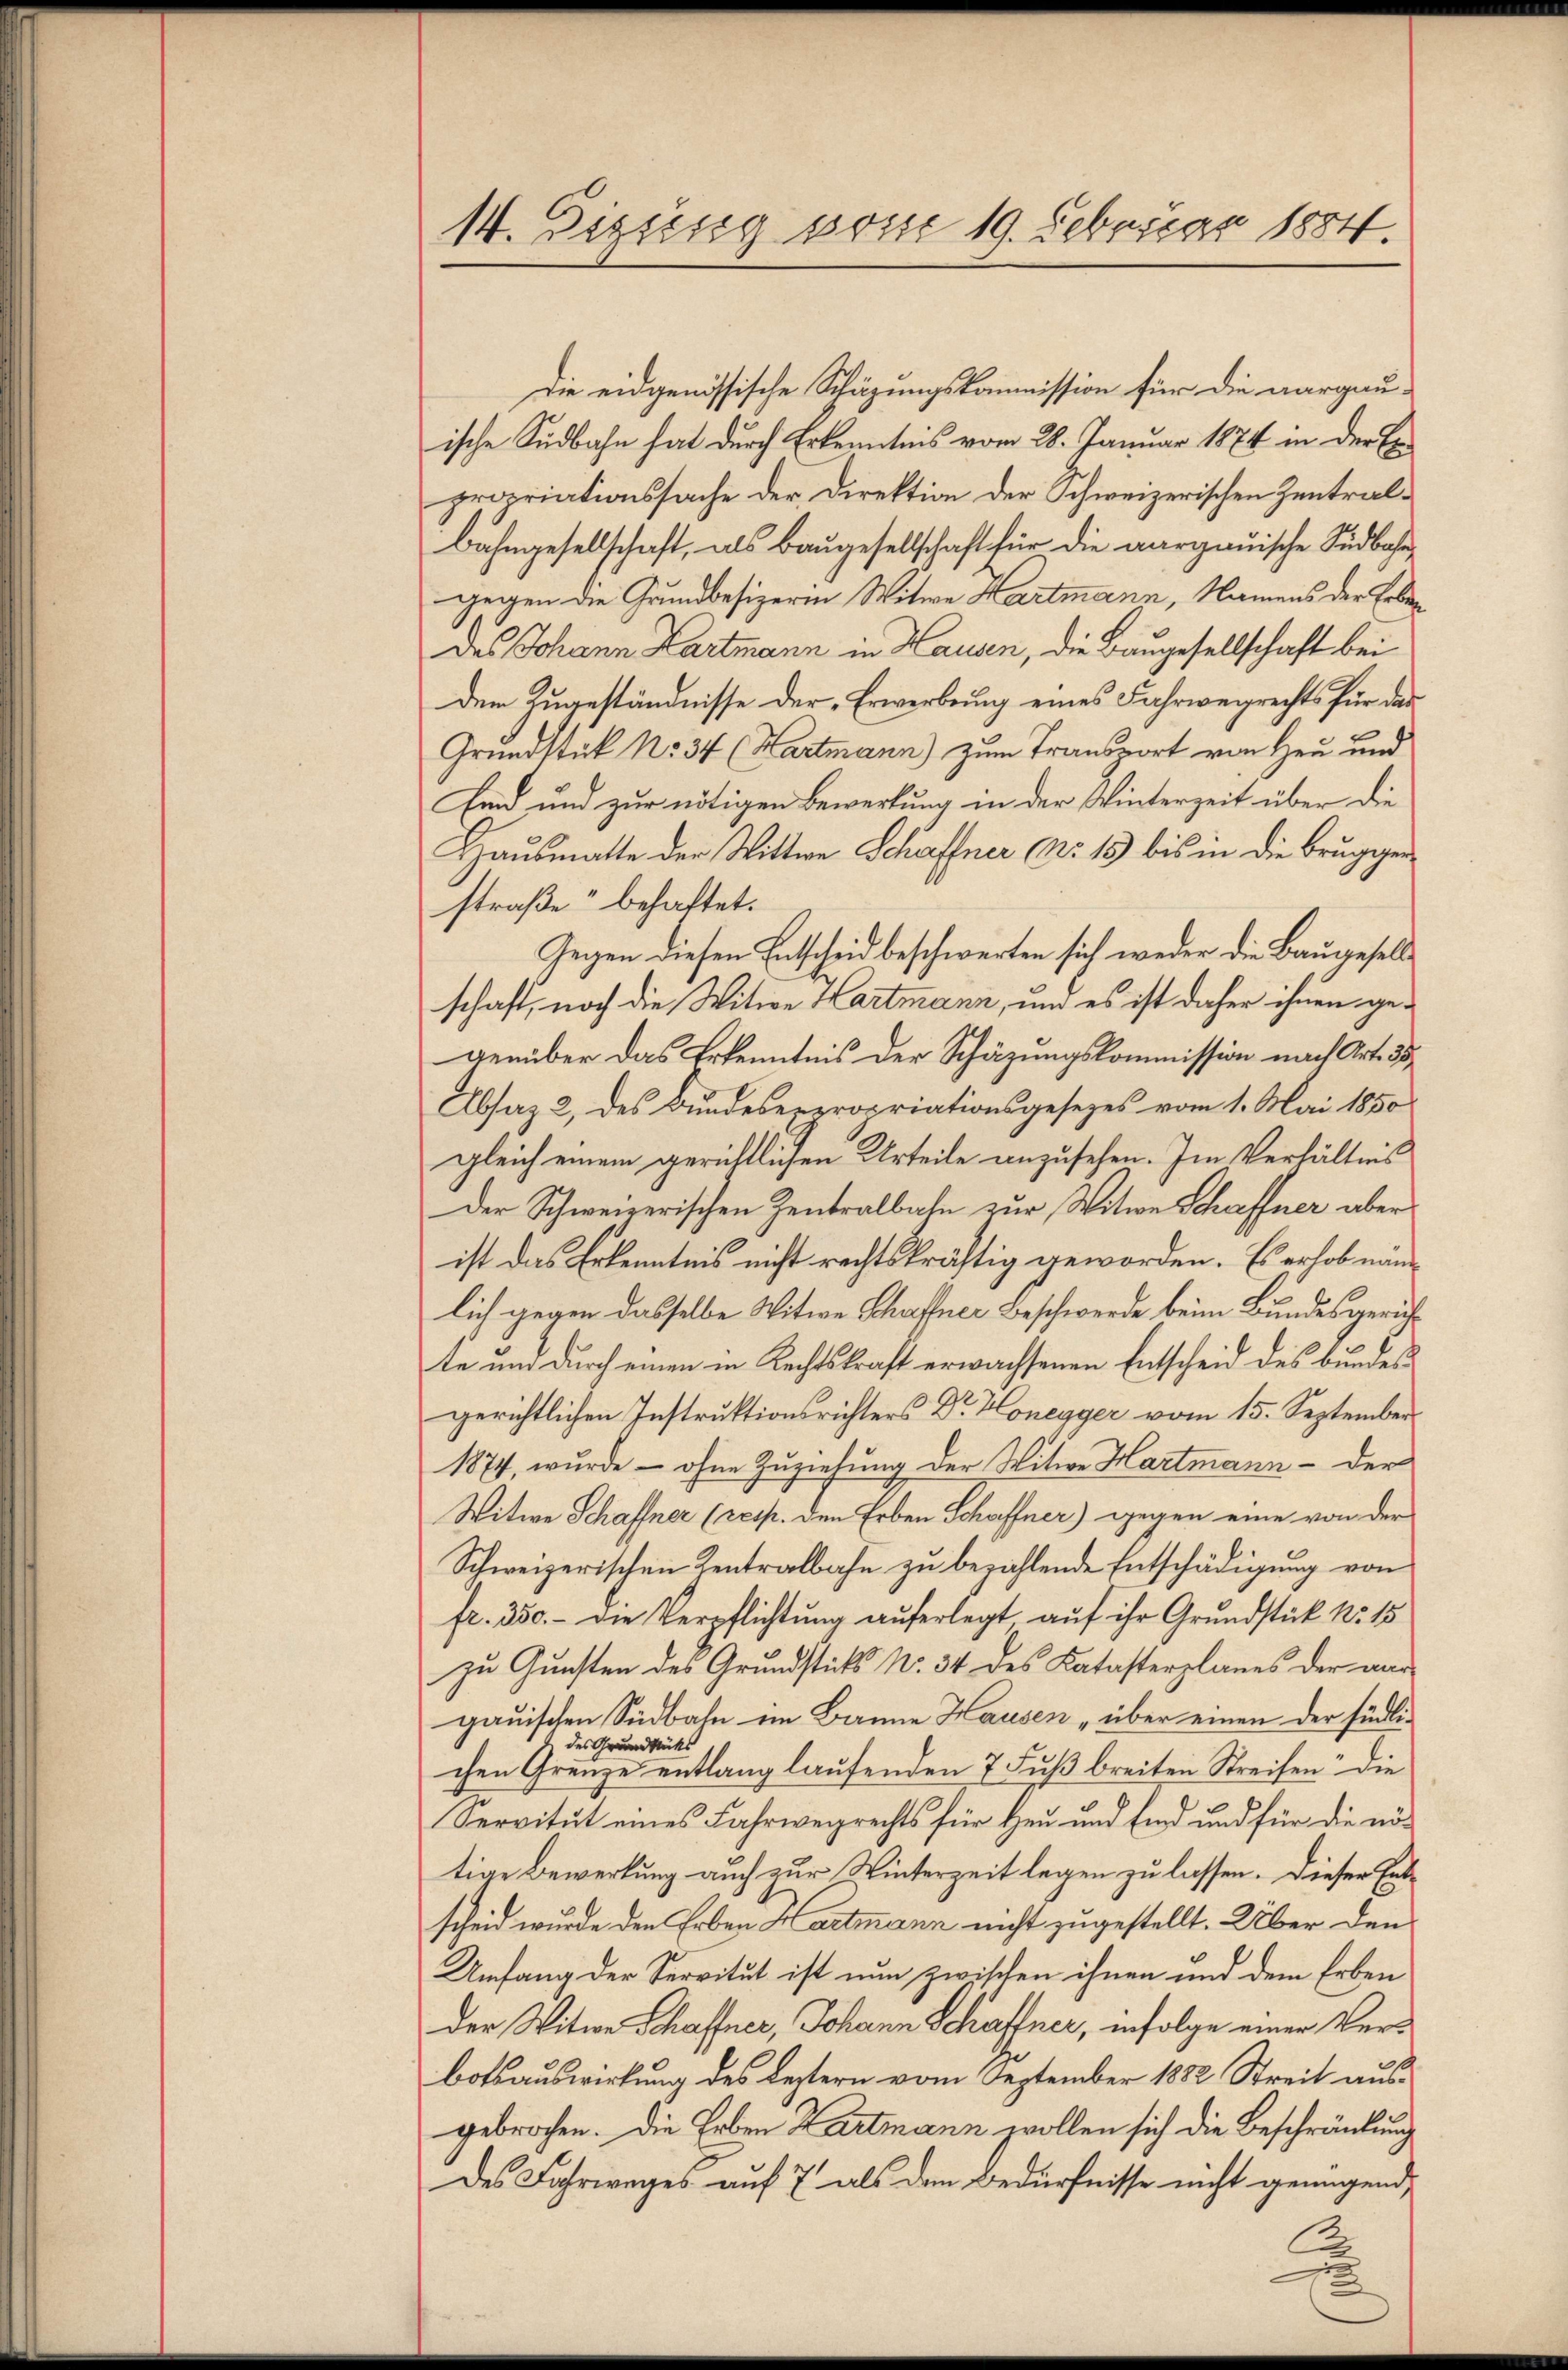
14. Disseng vom 19. Februar 1884.

Die eidgenössische Schäzungskommission für die aargau-
ische Südbahn hat durch Erkenntnis vom 28. Januar 1874 in der Erpropriationssache der Direktion der Schweizerischen Zentral¬
Bahngesellschaft, als Baugesellschaft für die aargauische Südbahngegen die Grundbesizerin Witwe Hartmann, Namens der Erbedes Johann Hartmann in Hausen, die Baugesellschaft bei
dem Zugeständnisse der Erwerbung eines Fahrwegrechts für das
Grundstück No 34 (Hartmann) zum Transport von Heu und
Eid und zur nötigen Bewertung in der Winterzeit über die
Hausmatte der Wittwe Schaffner No. 15 bis in die Bruggen-
straße“ behaftet.
Gegen diesen Entscheid beschwerten sich weder die Baugesellschaft, noch die Witwe Hartmann, um es ist daher ihnen gegenüber das Erkenntnis der Schäzungskommission nach Art. 35
Absaz 2, des Bundeserpropriationsgesezes vom 1. Mai 1850
gleich einem gerichtlichen Urteile anzusehen. Im Verhältnis
Der Schweizerischen Zentralbahn zur Witwe Schaffner aber
ist das Erkenntnis nicht rechtskräftig geworden. Es erhob nannlich gegen dasselbe Witwe Schaffner Beschwerde beim Bundesgerichte und durch einen in Rechtskraft erwachsenen Entscheid des bundess
gerichtlichen Instruktionsrichters Dr. Honegger vom 15. September
1874, wurde – ohne Zuziehung der Witwe Hartmann - der
Witwe Schaffner (resp. den Erben Schaffner) gegen eine von der
Schweizerischen Zentralbahn zu bezahlende Entschädigung von
fr. 350. - die Verpflichtung auferlegt auf ihr Grundstück No 15
zu Gunsten des Grundstick N. 34 des Katasterplanes der aur
gauischen Südbahn im Banne Hausen „über einen der südlides Grundstücks
chen Grenze entlang laufenden 7 Fuß breiten Streifen“ die
Servitut eines Fahrwegrechts für Heu und Eid und für die nötige Bewerkung auch zur Winterzeit legen zu lassen. Dieser Entscheid wurde den Erben Hartmann nicht zugestellt. Über den
Umfang der Servitut ist nun zwischen ihnen und dem Erben
Der Witwe Schaffner, Johann Schaffner, infolge einer Verbotsauswirkung des Leztern vom September 1882 Streit ausgebrochen. Die Erben Zartmann wollen sich die Beschränkung
des Fahrweges auf 7 als dem Bedürfnisse nicht genügend,